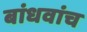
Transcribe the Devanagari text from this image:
बांधवांच